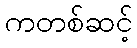
ကတစ်ဆင့်